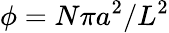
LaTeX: \phi=N\pi a^{2}/L^{2}